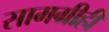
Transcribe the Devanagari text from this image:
सामग्रीही